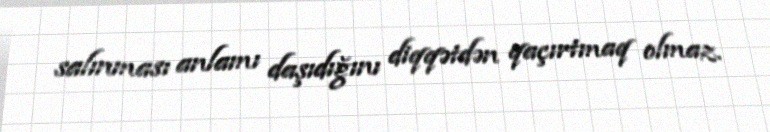
salınması anlamı daşıdığını diqqətdən qaçırtmaq olmaz.